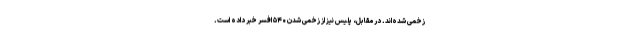
زخمی شده‌اند. در مقابل، پلیس نیز از زخمی شدن ۵۴۰ افسر خبر داده است.